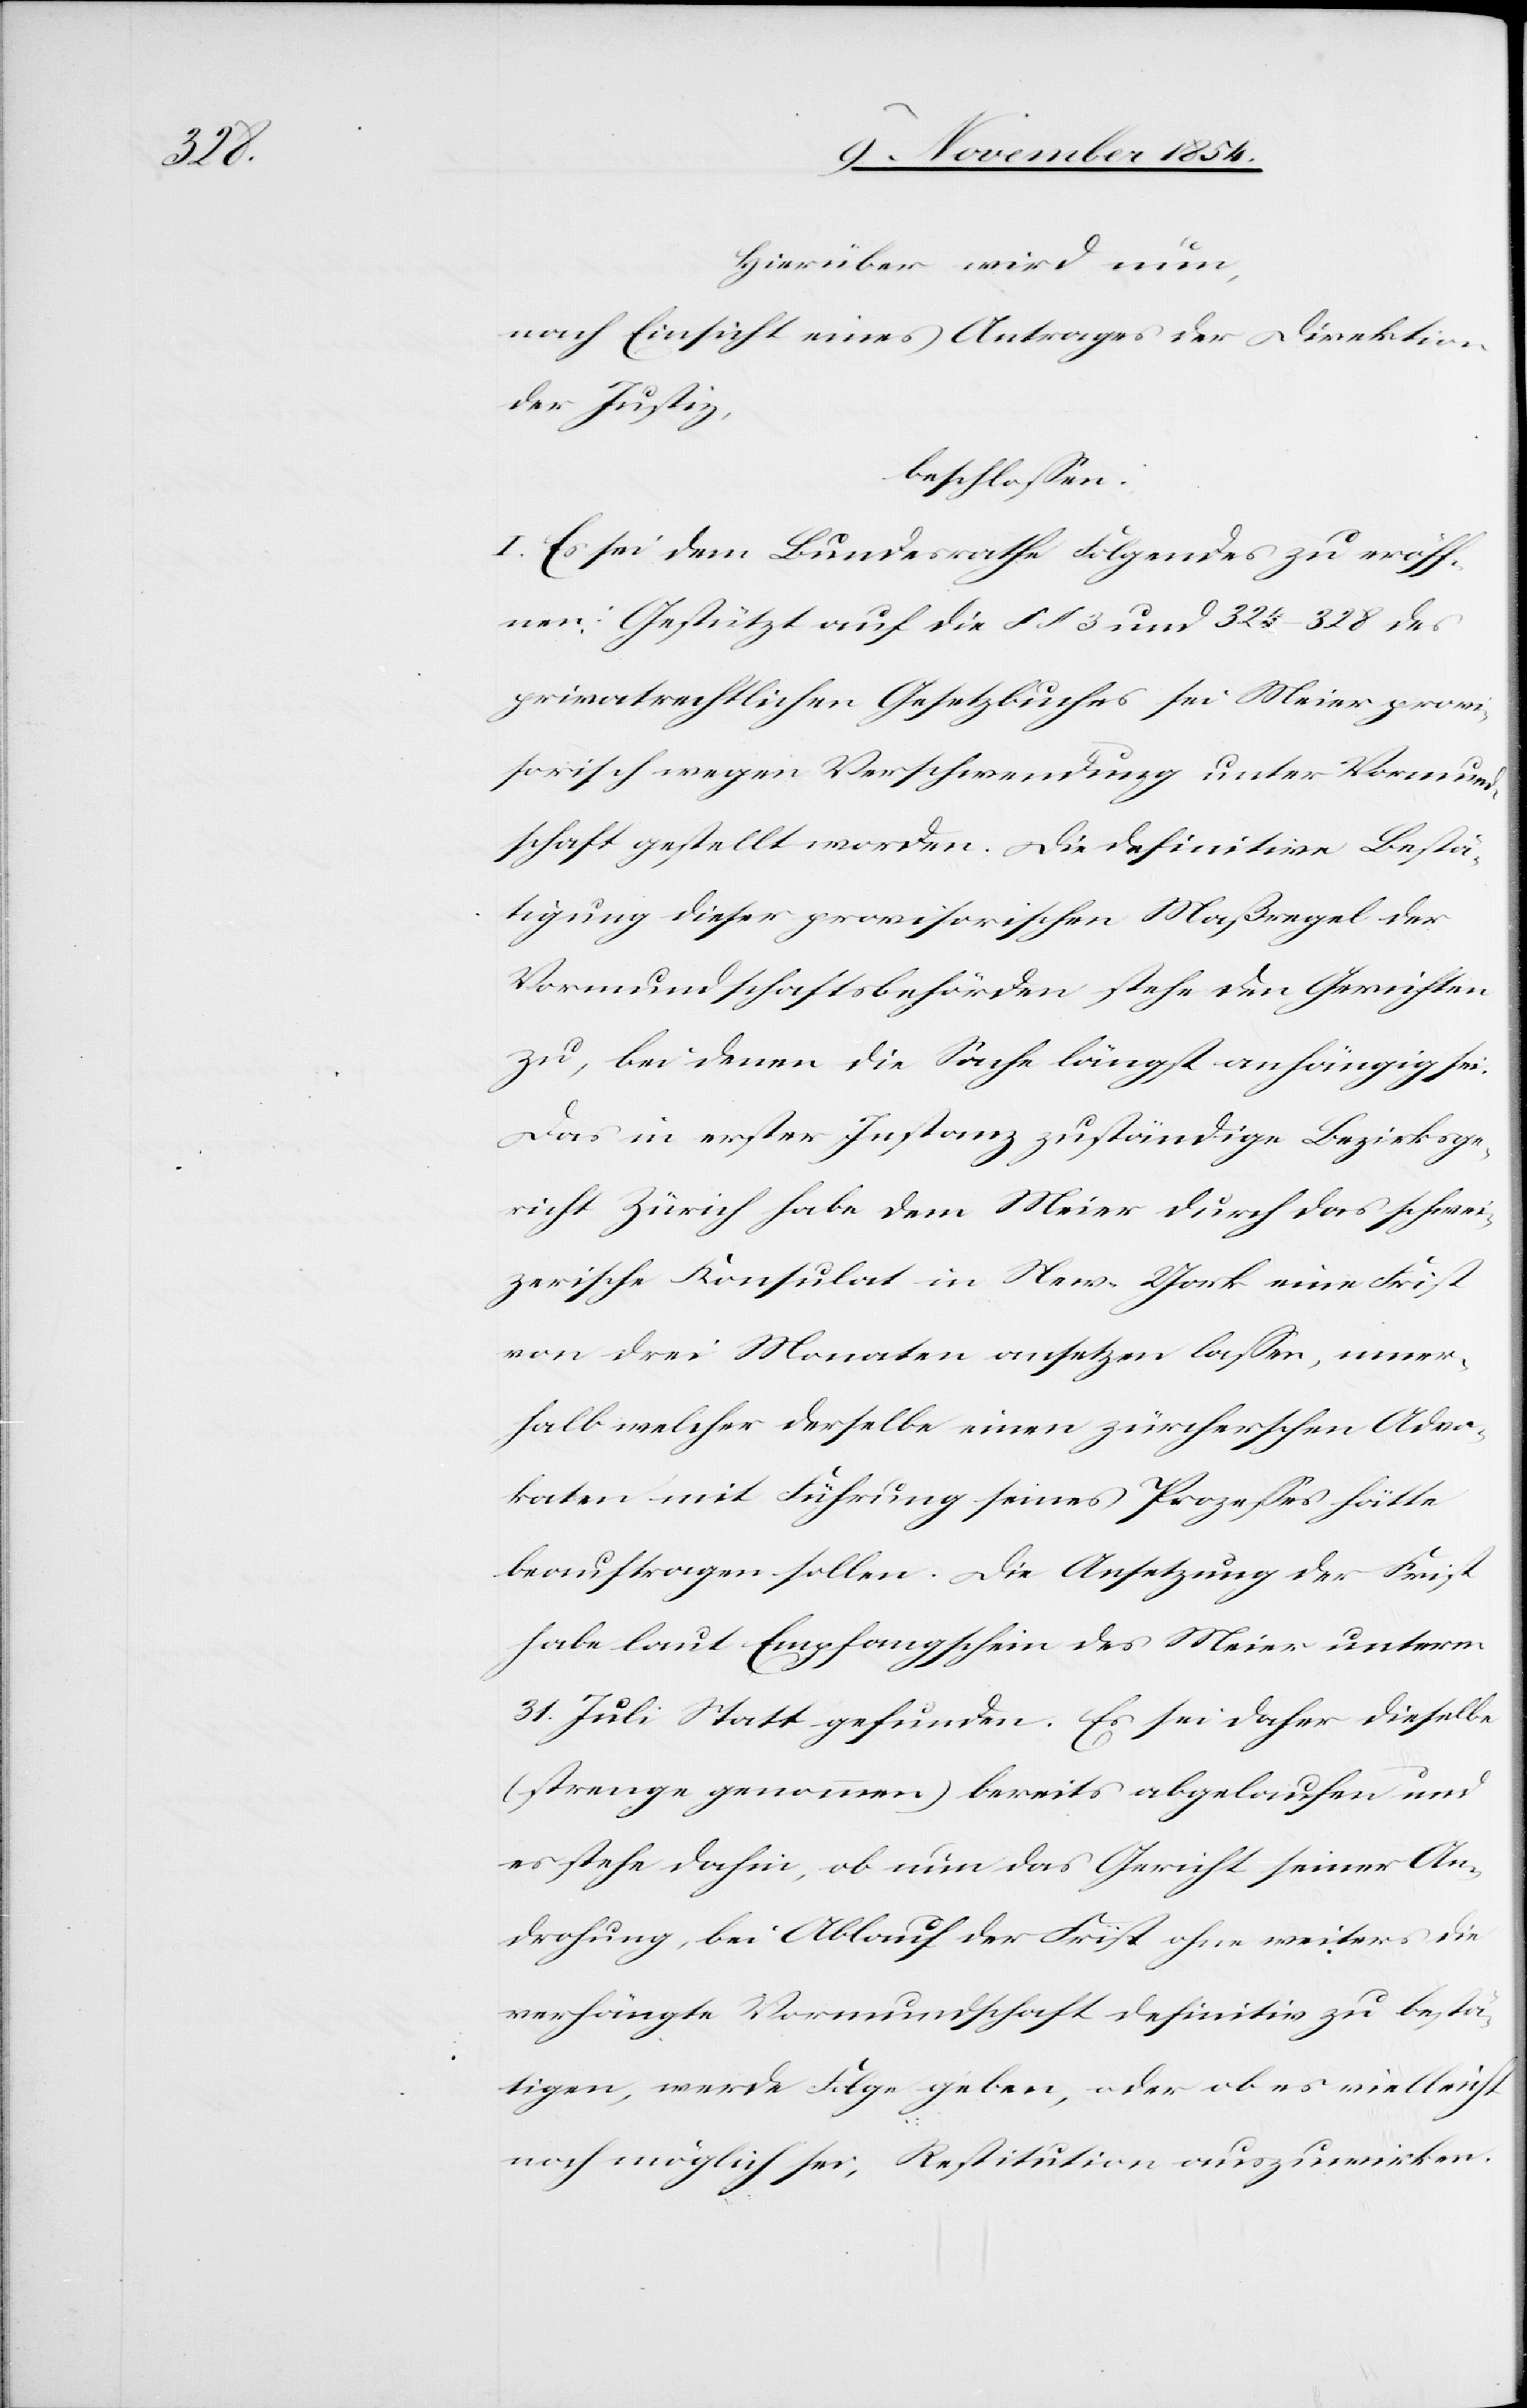
Hierüber wird nun,
nach Einsicht eines Antrages der Direktion
der Justiz,
beschloßen:
I. Es sei dem Bundesrathe Folgendes zu eröff¬
nen: Gestützt auf die § § 3 und 324–328 des
privatrechtlichen Gesetzbuches sei Meier provi¬
sorisch wegen Verschwendung unter Vormund¬
schaft gestellt worden. Die definitive Bestä¬
tigung dieser provisorischen Maßregel der
Vormundschaftsbehörden stehe den Gerichten
zu, bei denen die Sache längst anhängig sei.
Das in erster Instanz zuständige Bezirksge¬
richt Zürich habe dem Meier durch das schwei¬
zerische Konsulat in New-York eine Frist
von drei Monaten ansetzen laßen, inner¬
halb welcher derselbe einen zürcherischen Advo¬
katen mit Führung seines Prozeßes hätte
beauftragen sollen. Die Ansetzung der Frist
habe laut Empfangschein des Meier unterm
31. Juli Statt gefunden. Es sei daher dieselbe
(strenge genommen) bereits abgelaufen und
es stehe dahin, ob nun das Gericht seiner An¬
drohung, bei Ablauf der Frist ohne weiters die
verhängte Vormundschaft definitiv zu bestä¬
tigen, werde Folge geben, oder ob es vielleicht
noch möglich sei, Restitution auszuwirken.